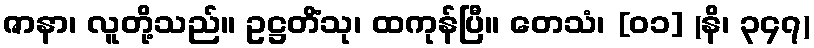
ဇာနာ၊ လူတို့သည်။ ဥဋ္ဌတိံသု၊ ထကုန်ပြီ။ တေသံ၊ [၀၁] (နိ၊ ၃၄၇)